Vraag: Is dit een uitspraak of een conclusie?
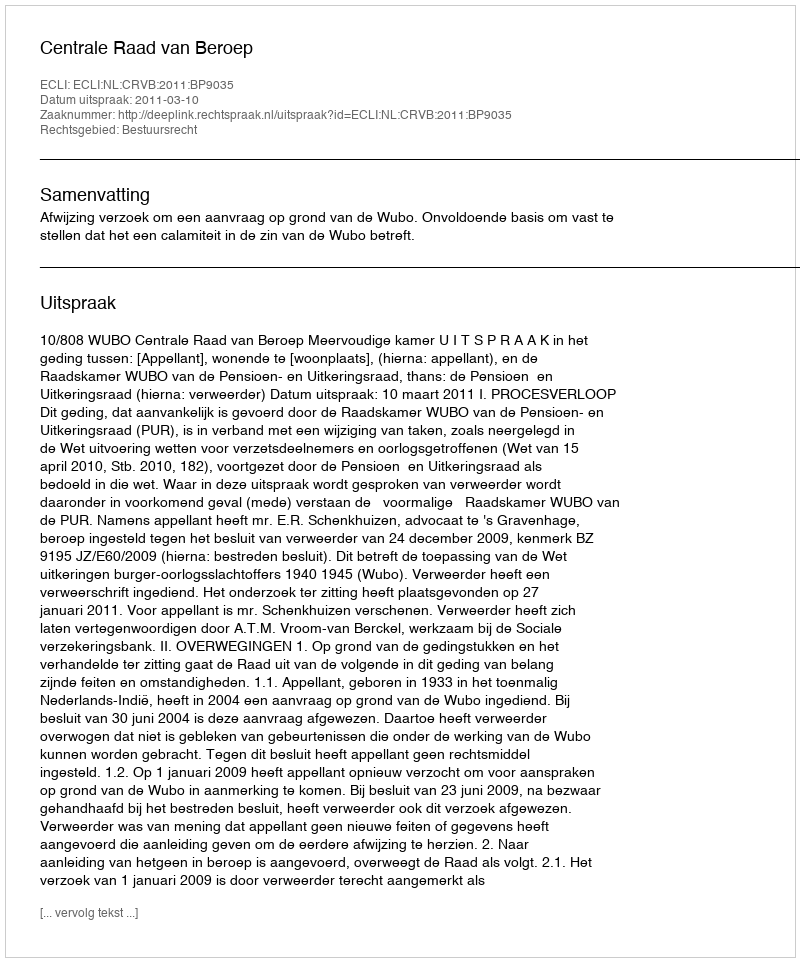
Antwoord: Uitspraak